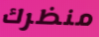
منظرك